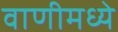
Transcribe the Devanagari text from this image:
वाणीमध्ये